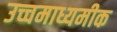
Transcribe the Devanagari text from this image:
उच्चमाध्यमीक